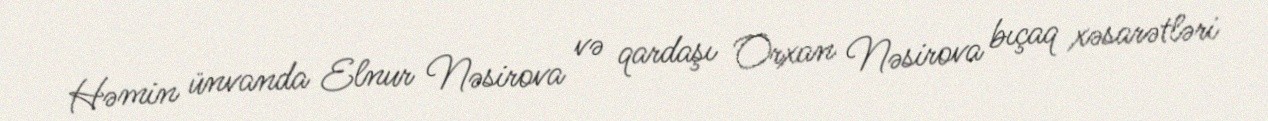
Həmin ünvanda Elnur Nəsirova və qardaşı Orxan Nəsirova bıçaq xəsarətləri